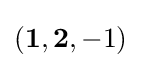
(\mathbf {1} ,\mathbf {2} ,-1)